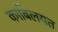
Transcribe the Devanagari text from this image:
काबिलयत